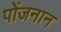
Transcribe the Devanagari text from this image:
पोंजनान